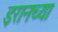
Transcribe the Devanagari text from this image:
इरानच्या